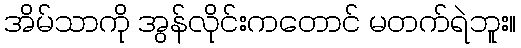
အိမ်သာကို အွန်လိုင်းကတောင် မတက်ရဲဘူး။